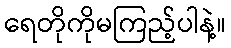
ရေတိုကိုမကြည့်ပါနဲ့။